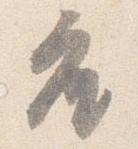
座